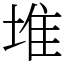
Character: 堆